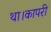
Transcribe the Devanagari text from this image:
था।कापरी